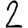
Digit: 2